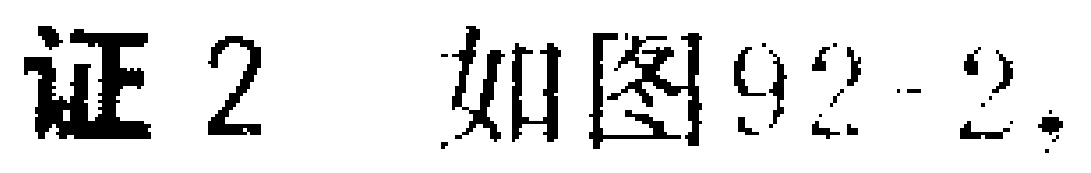
证2 如图92 - 2，